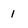
Character: 1